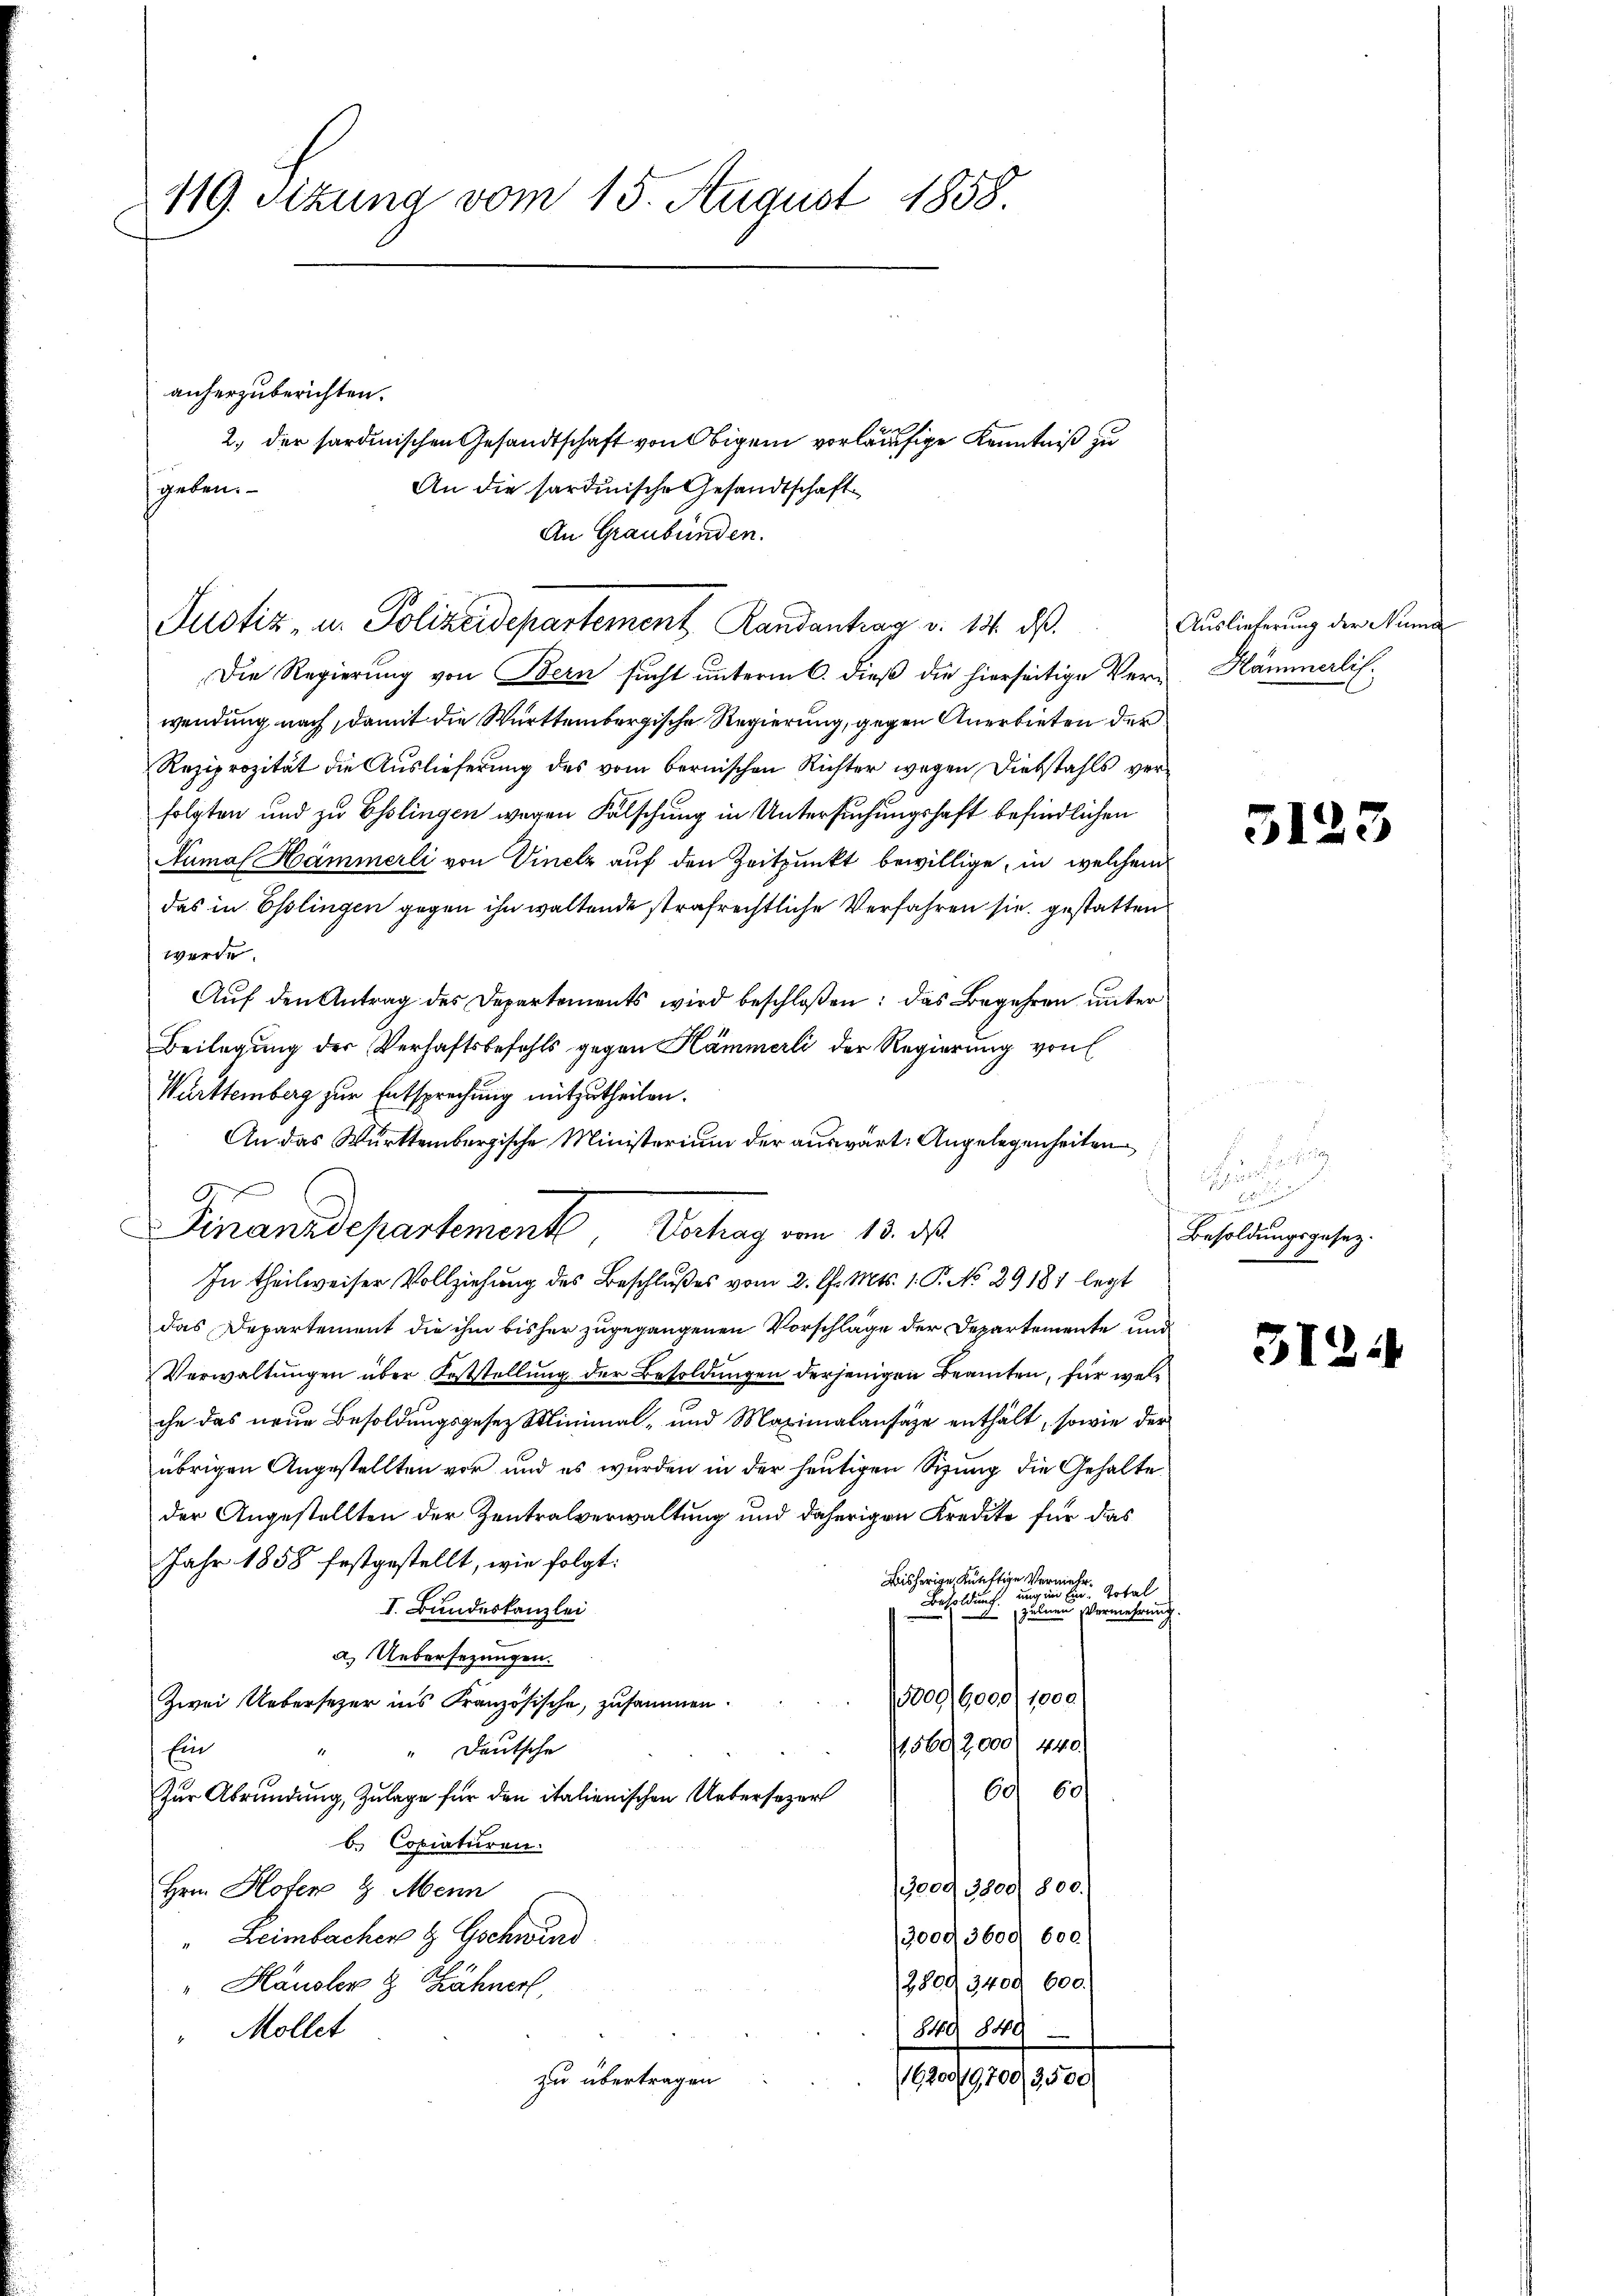
119. Sitzung vom 15. August 1858

anherzuberichten.
2. der sardinischen Gesandtschaft von Obigem vorläufige Kenntniß zu
An die sardinische Gesandtschaft
An Graubünden.
Justiz- u. Polizeidepartement Randantrag v. 13. ds.
Die Regierung von Bern sucht unterm 6. dieß die hierseitige Verwendung nach, damit die Württembergische Regierung, gegen Anerbieten der
Reziprozität die Auslieferung des vom bernischen Richter wegen Diebstahls verfolgten und zu Esslingen wegen Fälschung in Untersuchungshaft befindlichen
Numal Hämmerli von Vinelz auf den Zeitpunkt bewillige, in welchem
das in Esslingen gegen ihn waltende strafrechtliche Verfahren sie gestatten
werde.
Aŭf den Antrag des Departements wird beschloßen: das Begehren unter
Beilegung der Verhaftsbefehls gegen Hämmerli der Regierung von E
Württemberg zur Entsprechung mitzutheilen.
An das Württembergische Ministerium der auswärt: Angelegenheiten
xx
In theilweiser Vollziehung des Beschlußes vom 2. d. Mts. 1. P. No 29181 legt
das Departement die ihm bisher zugegangenen Vorschläge der Departemente und
Verwaltungen über Feststellung der Besoldungen derjenigen Beamten, für welche das neue Besoldungsgesez Minimal- und Maximalansäze enthält, sowie der
übrigen Angestellten vor und es wurden in der heutigen Sizung die Gehalte
der Angestellten der Zentralverwaltung und daherigen Kredite für das
Jahr 1858 festgestellt, wie folgt:
Bisherige Künftige Vermehr¬
Total
Besoldung und in der
I. Bundeskanzlei
zelnen Vermehrung.
durch.
a.) Uebersezungen.
e 6000, 1000
Zwei Uebersezer ins Französische, zusammen.
15602,000) 440.
Ein
"Deutsche
60) 60
Zur Abrundung, Zulage für den italienischen Uebersezer
b. Copiaturen.
009 3800) 800.
Hrn. Hofen 8. Menn
3,0003600. 600.
Leimbacher & Gschwind
2809 3409 600.
" Häusler & Zähner
849 849
Mollet
zu übertragen.
16200/19,700, 3500

geben.

Finanzdepartement, Verhag vom 13. ds.

Auslieferung der Numa
Hämmerlis.

3123

endung

h
Besoldungsgesetz.

3124